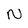
Character: N